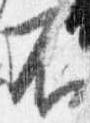
不